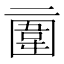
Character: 𠄿